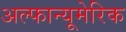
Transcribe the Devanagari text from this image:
अल्फान्यूमेरिक